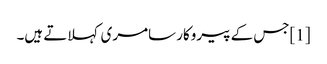
[1]جس کے پیروکار سامری کہلاتے ہیں۔